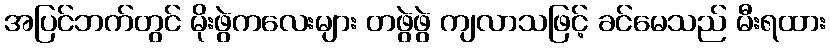
အပြင်ဘက်တွင် မိုးဖွဲကလေးများ တဖွဲဖွဲ ကျလာသဖြင့် ခင်မေသည် မီးရထား